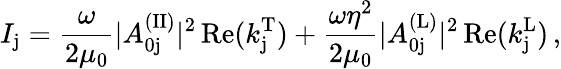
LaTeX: I_{\mathrm{j}}=\frac{\omega}{2\mu_{0}}|A_{\mathrm{0j}}^{\mathrm{(II)}}|^{2}\, \mathrm{Re}(k_{\mathrm{j}}^{\mathrm{T}})+\frac{\omega\eta^{2}}{2\mu_{0}}|A_{\mathrm{0j}}^{\mathrm{(L)}}|^{2}\, \mathrm{Re}(k_{\mathrm{j}}^{\mathrm{L}})\, ,